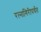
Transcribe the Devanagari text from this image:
रत्‍नागिरीपर्यंत